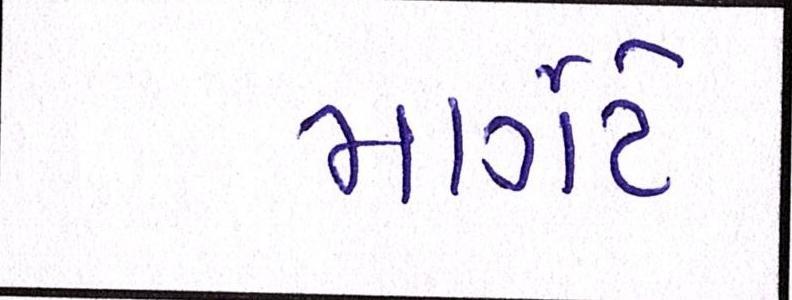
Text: માર્ગેટે